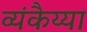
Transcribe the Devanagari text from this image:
व्यंकैय्या